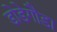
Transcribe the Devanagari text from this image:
डोडेगौडा